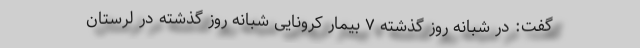
گفت: در شبانه روز گذشته ۷ بیمار کرونایی شبانه روز گذشته در لرستان